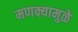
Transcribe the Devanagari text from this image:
मणक्यामुळे